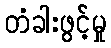
တံခါးဖွင့်မှု